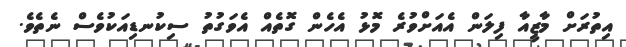
އިތުރަށް މާޒީއާ ފިލަން އެއަށްވުރެ މޮޅު އެހެން ގޮތެއް އެވަގުތު ސިކުނޑިއަކުވެސް ނެތެވެ.